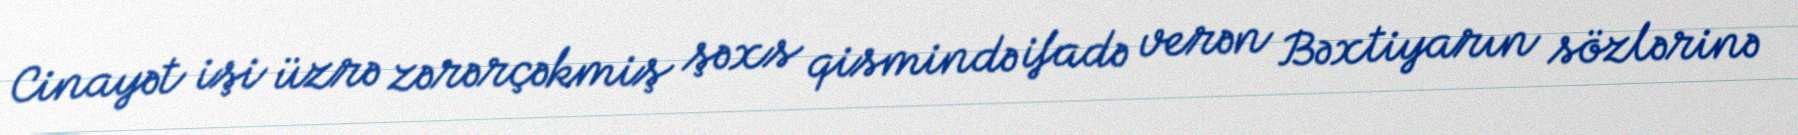
Cinayət işi üzrə zərərçəkmiş şəxs qismində ifadə verən Bəxtiyarın sözlərinə